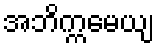
အဘိက္ကမေယျ